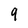
Character: 9